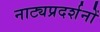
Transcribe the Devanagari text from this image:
नाट्यप्रदर्शनों